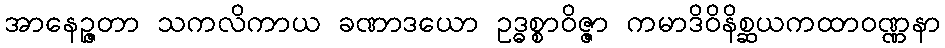
အာနေဉ္ဇတာ သကလိကာယ ခဏာဒယော ဥဒ္ဓစ္စာဝိဇ္ဇာ ကမာဒိဝိနိစ္ဆယကထာဝဏ္ဏနာ